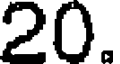
20.